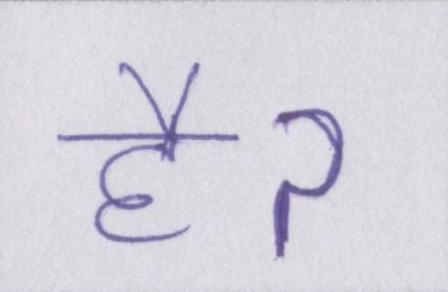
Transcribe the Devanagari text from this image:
हैॽ